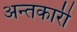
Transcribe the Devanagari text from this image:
अन्तकारी